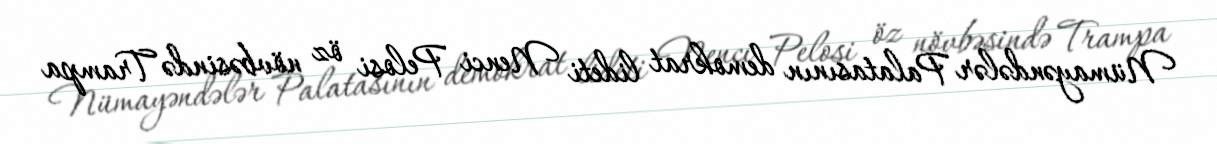
Nümayəndələr Palatasının demokrat lideti Nenci Pelosi öz növbəsində Trampa